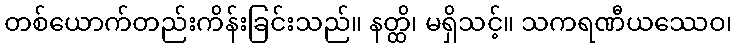
တစ်ယောက်တည်းကိန်းခြင်းသည်။ နတ္ထိ၊ မရှိသင့်။ သကရဏီယဿေဝ၊